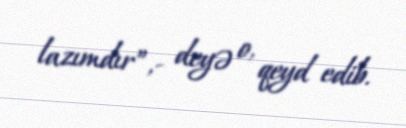
lazımdır”,- deyə o, qeyd edib.